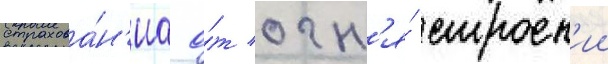
страхова́н'иа о́т огн'я́ строен'ии